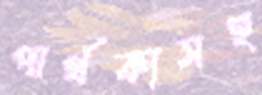
পার্থক্যসহ